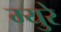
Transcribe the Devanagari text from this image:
म्‍युरे